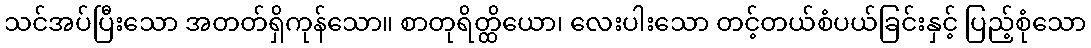
သင်အပ်ပြီးသော အတတ်ရှိကုန်သော။ စာတုရိတ္ထိယော၊ လေးပါးသော တင့်တယ်စံပယ်ခြင်းနှင့် ပြည့်စုံသော